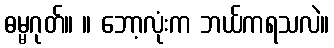
ဓမ္မဂုတ်။ ။ ဘော့လုံးက ဘယ်ကရသလဲ။